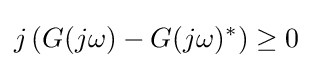
j\left(G(j\omega )-G(j\omega )^{\ast }\right)\geq 0